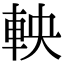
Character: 軮